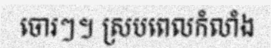
ចោរៗ។ ស្របពេលកំលាំង